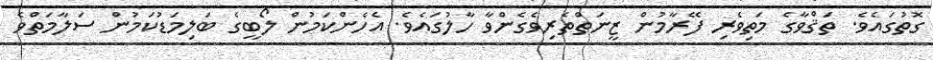
ގޮތުގައެވެ. ތަޤްވާގެ މަތިވެރި ފޭރާމުން ޒީނަތްތެރިވެގެންވާ ހާލުގައެވެ. އެހެންކަމުން ލޯބީގެ ބަލިމަޑުކަމުން ސަލާމަތްވެ